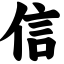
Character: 信